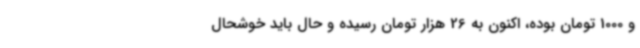
و 1000 تومان بوده، اکنون به 26 هزار تومان رسیده و حال باید خوشحال